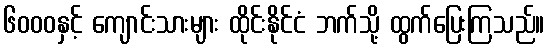
၆၀၀၀နှင့် ကျောင်းသားများ ထိုင်းနိုင်ငံ ဘက်သို့ ထွက်ပြေးကြသည်။